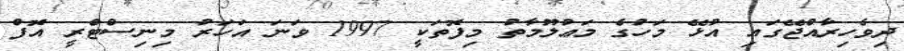
ދިވެހިރާއްޖޭގައި އުޅޭ މަހުގެ މަޢުލޫމާތު މިފޮތަކީ 1997 ވަނަ އަހަރު މިނިސްޓްރީ އޮފް